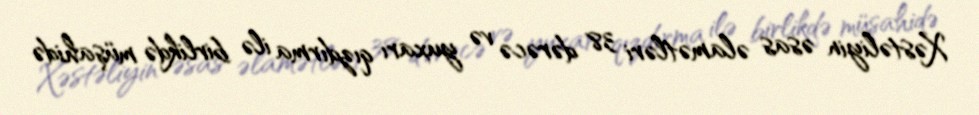
Xəstəliyin əsas əlamətləri 38 dərəcə və yuxarı qızdırma ilə birlikdə müşahidə